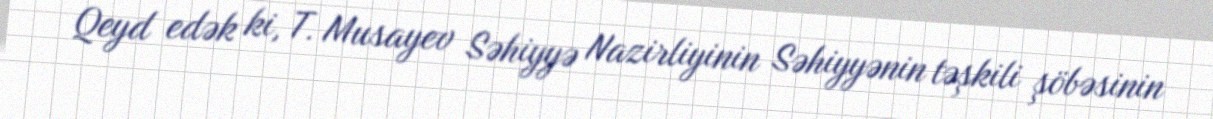
Qeyd edək ki, T. Musayev Səhiyyə Nazirliyinin Səhiyyənin təşkili şöbəsinin